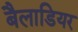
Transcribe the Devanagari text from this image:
बैलाडियर